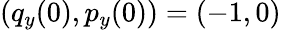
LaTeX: (q_{y}(0),p_{y}(0))=(-1,0)